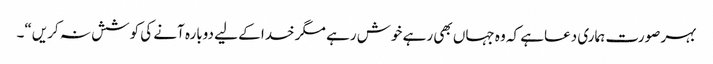
بہر صورت ہماری دعاہے کہ وہ جہاں بھی رہے خوش رہے مگر خدا کے لیے دوبارہ آنے کی کوشش نہ کریں“۔